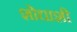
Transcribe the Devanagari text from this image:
शोधाशी